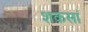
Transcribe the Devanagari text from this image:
शकसां